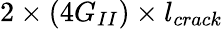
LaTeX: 2\times(4G_{II})\times l_{crack}